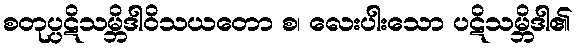
စတုပ္ပဋိသမ္ဘိဒါဝိသယတော စ၊ လေးပါးသော ပဋိသမ္ဘိဒါ၏